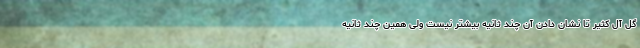
گل آل کثیر تا نشان دادن آن چند ثانیه بیشتر نیست ولی همین چند ثانیه